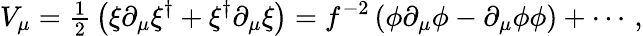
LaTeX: V_{\mu}={\textstyle\frac{1}{2}}\left(\xi\partial_{\mu}\xi^{\dagger}+\xi^{\dagger}\partial_{\mu}\xi\right)=f^{-2}\left(\phi\partial_{\mu}\phi-\partial_{\mu}\phi\phi\right)+\cdots\, ,